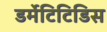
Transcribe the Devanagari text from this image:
डर्मेटिटिडिस